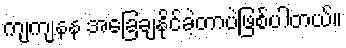
ကျကျနန အခြေချနိုင်ခဲ့တာပဲဖြစ်ပါတယ်။